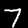
Label: 7